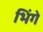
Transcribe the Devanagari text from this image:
भिंगे